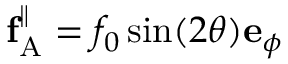
\mathbf { f } _ { \mathrm { A } } ^ { \| } = f _ { 0 } \sin ( 2 \theta ) \mathbf { e } _ { \phi }